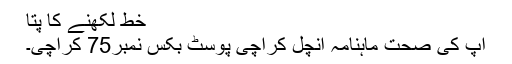
خط لکھنے کا پتا
آپ کی صحت ماہنامہ آنچل کراچی پوسٹ بکس نمبر75 کراچی۔